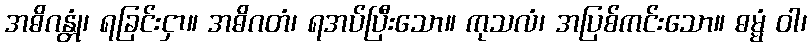
အဓိဂန္တုံ၊ ရခြင်းငှာ။ အဓိဂတံ၊ ရအပ်ပြီးသော။ ကုသလံ၊ အပြစ်ကင်းသော။ ဓမ္မံ ဝါ၊